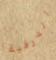
الدرقية